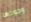
وجودها